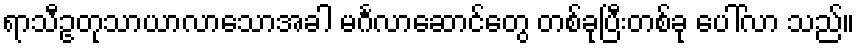
ရာသီဥတုသာယာလာသောအခါ မင်္ဂလာဆောင်တွေ တစ်ခုပြီးတစ်ခု ပေါ်လာ သည်။